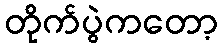
တိုက်ပွဲကတော့